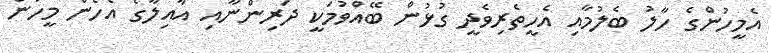
އެމީހުންގެ ހާލު ބެލުމާއި އެހީތެރިވެދީ ގުޅުން ބޭއްވުމަކީ ދަރިންނާއި އާއިލާގެ އެހެން މީހުން